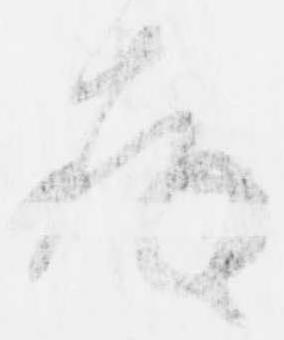
存